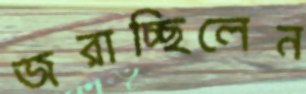
জরাচ্ছিলেন